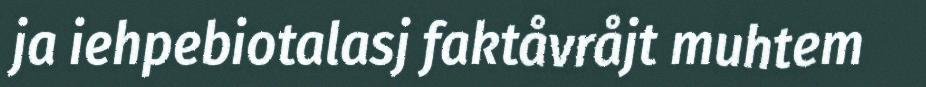
ja iehpebiotalasj faktåvråjt muhtem